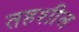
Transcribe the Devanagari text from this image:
तहशील